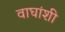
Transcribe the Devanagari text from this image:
वाघांशी